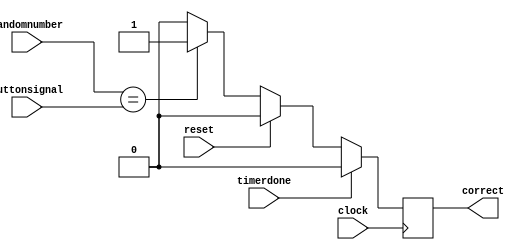
module gamecheck(timerdone,reset,clock, randomnumber, buttonsignal, correct);
    input clock;
    input timerdone;
    input [3:0] randomnumber;
    input [3:0] buttonsignal;
    input reset;
    output reg correct;

always@(posedge clock)
    begin
        if (timerdone)
            correct <= 1'b0;
        else if (reset)
            correct <= 1'b0; 
        else if (randomnumber == buttonsignal) // user pressed the correct button
            correct <= 1'b1;
        else
            correct <= 1'b0;
    //default: correct <= 1'b0;
    end

endmodule